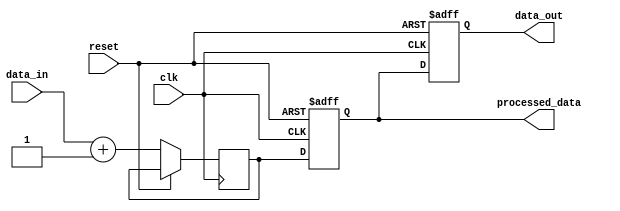
module behavioral_model (
    input wire clk,
    input wire reset,
    input wire [3:0] data_in,
    output reg [3:0] data_out,
    output reg [3:0] processed_data
);

// Signal Declaration
reg [3:0] temp_data;

// Task Definition
task process_data;
    begin
        // Simulate some processing logic
        temp_data <= data_in + 4'b0001; // Increment input data
        processed_data <= temp_data;     // Assign processed data
    end
endtask

// Continuous Assignment
always @(posedge clk or posedge reset) begin
    if (reset) begin
        data_out <= 4'b0000; // Reset output
        processed_data <= 4'b0000; // Reset processed data
    end else begin
        // Call the task to process data
        process_data();
        // Assign the processed data to output
        data_out <= processed_data;
    end
end

endmodule